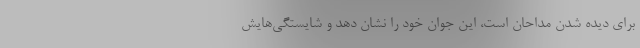
برای دیده شدن مداحان است، این جوان خود را نشان دهد و شایستگی‌هایش